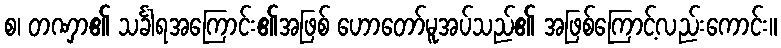
စ၊ တဏှာ၏ သင်္ခါရအကြောင်း၏အဖြစ် ဟောတော်မူအပ်သည်၏ အဖြစ်ကြောင့်လည်းကောင်း။